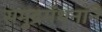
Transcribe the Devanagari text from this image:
समुद्रमंथनाने